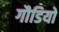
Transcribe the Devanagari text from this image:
गौडियो